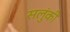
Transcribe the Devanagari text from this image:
सलुंकी